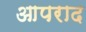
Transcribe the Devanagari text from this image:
आपराद